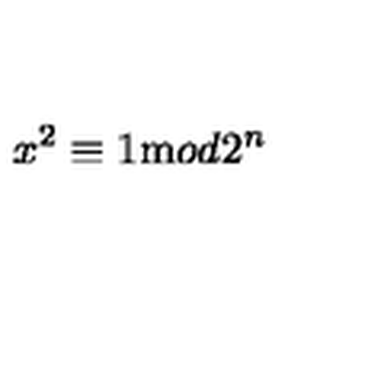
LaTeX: x ^ { 2 } \equiv 1 { \mathrm m o d } 2 ^ { n }